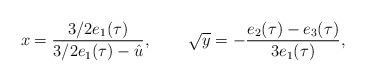
LaTeX: \begin{align*}{\displaystyle x=\frac {3/2e_{1}(\tau)}{3/2e_{1}(\tau)-\hat{u}},}\hspace{1cm} {\displaystyle \sqrt{y}=-\frac {e_{2}(\tau)-e_{3}(\tau)}{3e_{1} (\tau)},}\end{align*}